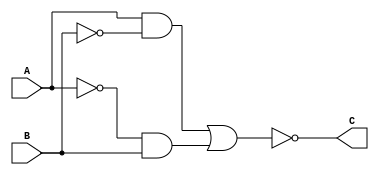
`timescale 1ns/1ns

module xnor_gate(A, B, C); // xnor_gate module

    input A;
    input B;
    output C;

    assign C = ~((A & (~B)) | ((~A) & B)); // C is a wire

endmodule

module tb_xnor_gate;

    reg A;
    reg B;
    wire C;

    xnor_gate xnor_gate_ans(A, B, C);

    initial begin

        $dumpfile("xnor_gate.vcd"); // Dumpfile for waves
        $dumpvars(0, tb_xnor_gate); // Setting variables 0

        $monitor("A = %b, B = %b, C = %b", A, B, C);

        A = 0;
        B = 0;
        #15;

        A = 0;
        B = 1;
        #15;

        A = 1;
        B = 0;
        #15;

        A = 1;
        B = 1;
        #15;
    end

endmodule